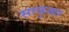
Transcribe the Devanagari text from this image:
साकुळा